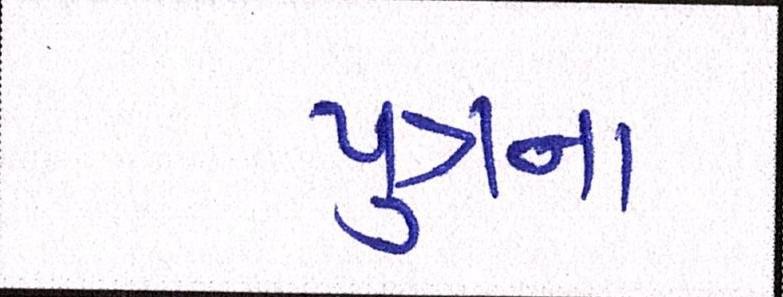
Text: પુત્રના